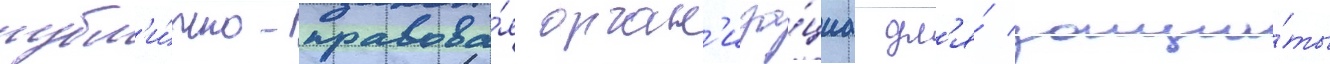
публ'и́чно-правова́я орган'иза́циа дл'я́ защи́ты